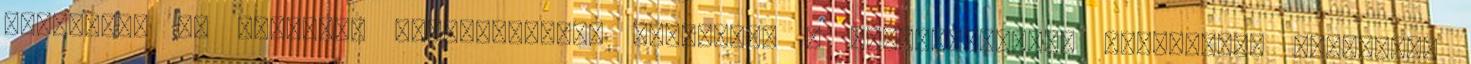
numerikus és elméleti vizsgálatokat végeztünk a sztochasztikus rezonancia területén